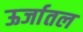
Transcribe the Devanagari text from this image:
ऊर्जातल